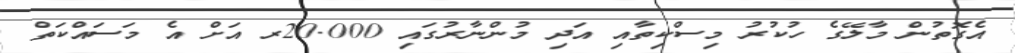
އެގޮތުން މާލޭގެ ހުކުރު މިސްކިތާއި އަދި މުންނާރުގައި 20.000ރ އަށް އެ މަސައްކަތް